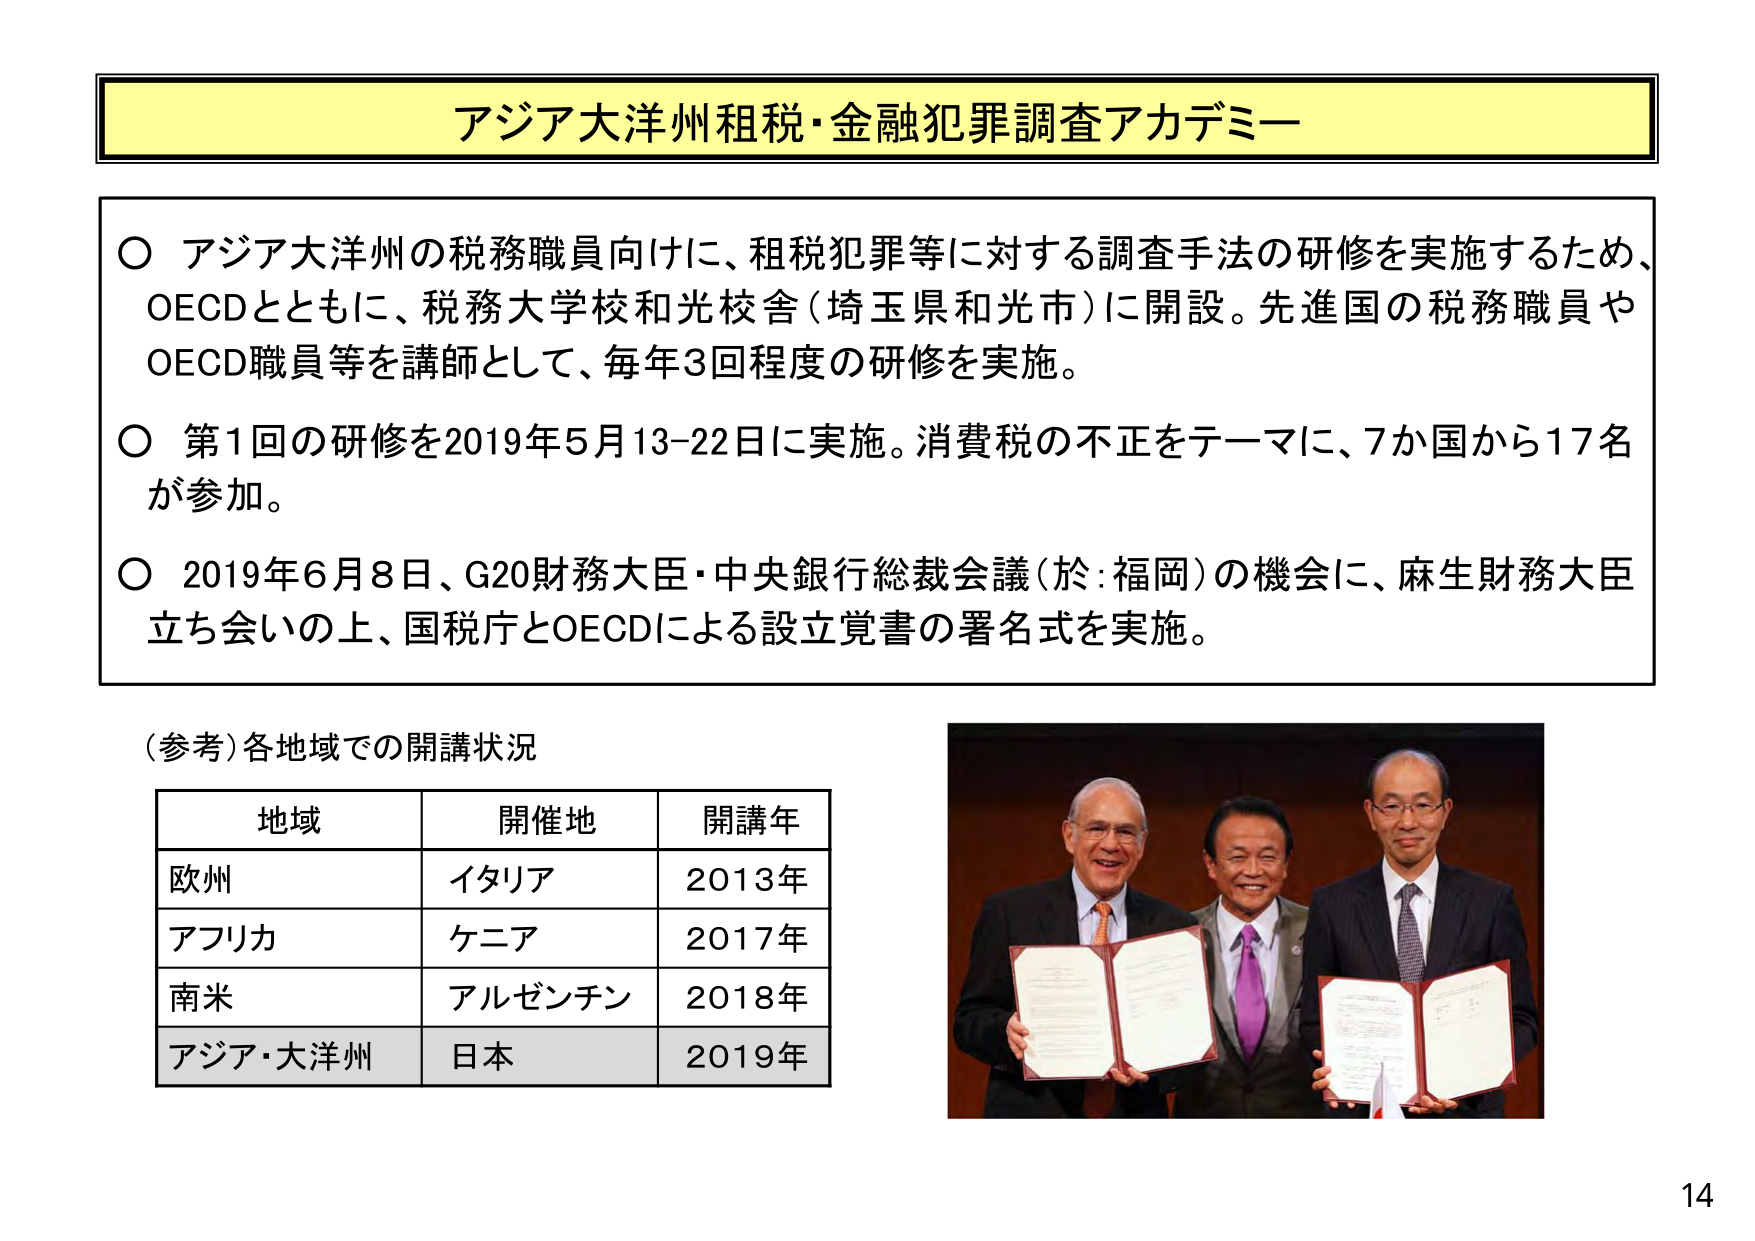
アジア大洋州租税・金融犯罪調査アカデミー

○ アジア大洋州の税務職員向けに、租税犯罪等に対する調査手法の研修を実施するため、OECDとともに、税務大学校和光校舎（埼玉県和光市）に開設。先進国の税務職員やOECD職員等を講師として、毎年3回程度の研修を実施。

○ 第1回の研修を2019年5月13-22日に実施。消費税の不正をテーマに、7か国から17名が参加。

○ 2019年6月8日、G20財務大臣・中央銀行総裁会議（於：福岡）の機会に、麻生財務大臣立ち会いの上、国税庁とOECDによる設立覚書の署名式を実施。

（参考）各地域での開講状況

地域　　開催地　　開講年
欧州　　イタリア　　2013年
アフリカ　ケニア　　2017年
南米　　アルゼンチン　2018年
アジア・大洋州　日本　　2019年

14